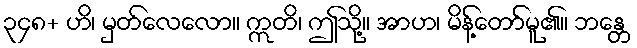
၃၄၈+ ဟိ၊ မှတ်လေလော။ ဣတိ၊ ဤသို့။ အာဟ၊ မိန့်တော်မူ၏။ ဘန္တေ